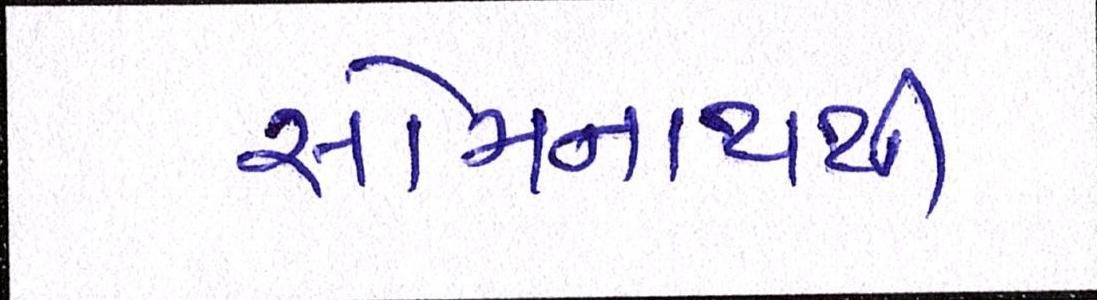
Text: સોમનાથથી